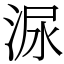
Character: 㳮